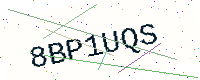
Text: 8BP1UQS